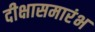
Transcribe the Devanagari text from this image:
दीक्षासमारंभ